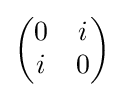
{\begin{pmatrix}0&i\\i&0\end{pmatrix}}